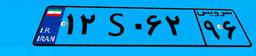
۴۹S۹۱۱۷۶